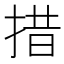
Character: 措